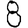
Digit: 8